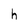
Character: h